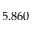
5 . 8 6 0